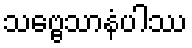
သဗ္ဗေသာနံပါဿ